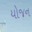
યોજન